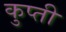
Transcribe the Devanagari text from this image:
कुप्ती